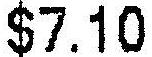
$7.10